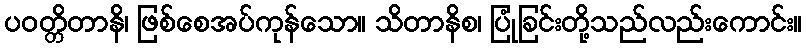
ပဝတ္တိတာနိ၊ ဖြစ်စေအပ်ကုန်သော။ သိတာနိစ၊ ပြုံခြင်းတို့သည်လည်းကောင်း။